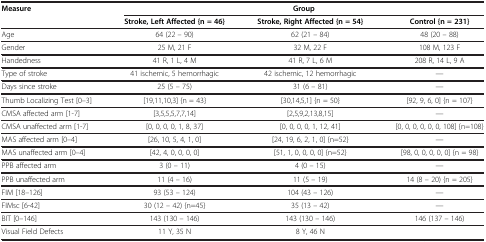
<table><thead><tr><td><b>Measure</b></td><td colspan="3"><b>Group</b></td></tr><tr><td><b> </b></td><td><b>Stroke, Left Affected {n = 46}</b></td><td><b>Stroke, Right Affected {n = 54}</b></td><td><b>Control {n = 231}</b></td></tr></thead><tbody><tr><td>Age</td><td>64 (22 – 90)</td><td>62 (21 – 84)</td><td>48 (20 – 88)</td></tr><tr><td>Gender</td><td>25 M, 21 F</td><td>32 M, 22 F</td><td>108 M, 123 F</td></tr><tr><td>Handedness</td><td>41 R, 1 L, 4 M</td><td>41 R, 7 L, 6 M</td><td>208 R, 14 L, 9 A</td></tr><tr><td>Type of stroke</td><td>41 ischemic, 5 hemorrhagic</td><td>42 ischemic, 12 hemorrhagic</td><td>—</td></tr><tr><td>Days since stroke</td><td>25 (5 – 75)</td><td>31 (6 – 81)</td><td>—</td></tr><tr><td>Thumb Localizing Test [0–3]</td><td>[19,11,10,3] {n = 43}</td><td>[30,14,5,1] {n = 50}</td><td>[92, 9, 6, 0] {n = 107}</td></tr><tr><td>CMSA affected arm [1-7]</td><td>[3,5,5,5,7,7,14]</td><td>[2,5,9,2,13,8,15]</td><td>—</td></tr><tr><td>CMSA unaffected arm [1-7]</td><td>[0, 0, 0, 0, 1, 8, 37]</td><td>[0, 0, 0, 0, 1, 12, 41]</td><td>[0, 0, 0, 0, 0, 0, 108] {n=108}</td></tr><tr><td>MAS affected arm [0–4]</td><td>[26, 10, 5, 4, 1, 0]</td><td>[24, 19, 6, 2, 1, 0] {n=52}</td><td>—</td></tr><tr><td>MAS unaffected arm [0–4]</td><td>[42, 4, 0, 0, 0, 0]</td><td>[51, 1, 0, 0, 0, 0] {n=52}</td><td>[98, 0, 0, 0, 0, 0] {n = 98}</td></tr><tr><td>PPB affected arm</td><td>3 (0 – 11)</td><td>4 (0 – 15)</td><td>—</td></tr><tr><td>PPB unaffected arm</td><td>11 (4 – 16)</td><td>11 (5 – 19)</td><td>14 (8 – 20) {n = 205}</td></tr><tr><td>FIM [18–126]</td><td>93 (53 – 124)</td><td>104 (43 – 126)</td><td>—</td></tr><tr><td>FIMsc [6-42]</td><td>30 (12 – 42) {n=45}</td><td>35 (13 – 42)</td><td>—</td></tr><tr><td>BIT [0–146]</td><td>143 (130 – 146)</td><td>143 (130 – 146)</td><td>146 (137 – 146)</td></tr><tr><td>Visual Field Defects</td><td>11 Y, 35 N</td><td>8 Y, 46 N</td><td> </td></tr></tbody></table>